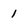
Character: 1